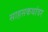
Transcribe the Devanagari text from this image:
साहसकथांवर